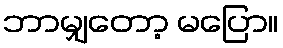
ဘာမျှတော့ မပြော။